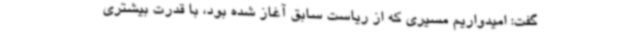
گفت: امیدواریم مسیری که از ریاست سابق آغاز شده بود، با قدرت بیشتری